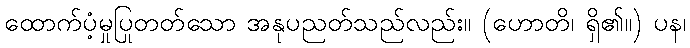
ထောက်ပံ့မှုပြုတတ်သော အနုပညတ်သည်လည်း။ (ဟောတိ၊ ရှိ၏။) ပန၊